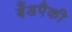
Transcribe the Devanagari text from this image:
बँडपैकी